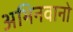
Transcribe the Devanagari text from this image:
अभिनवानो